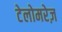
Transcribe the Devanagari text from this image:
टेलोमरेज़